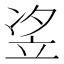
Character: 𱷤